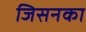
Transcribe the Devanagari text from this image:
जिसनका